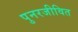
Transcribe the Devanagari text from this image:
पुनरजीवित